38_143685_box_Incident_Summaries_173-233
Agency: Department of War
Page 47
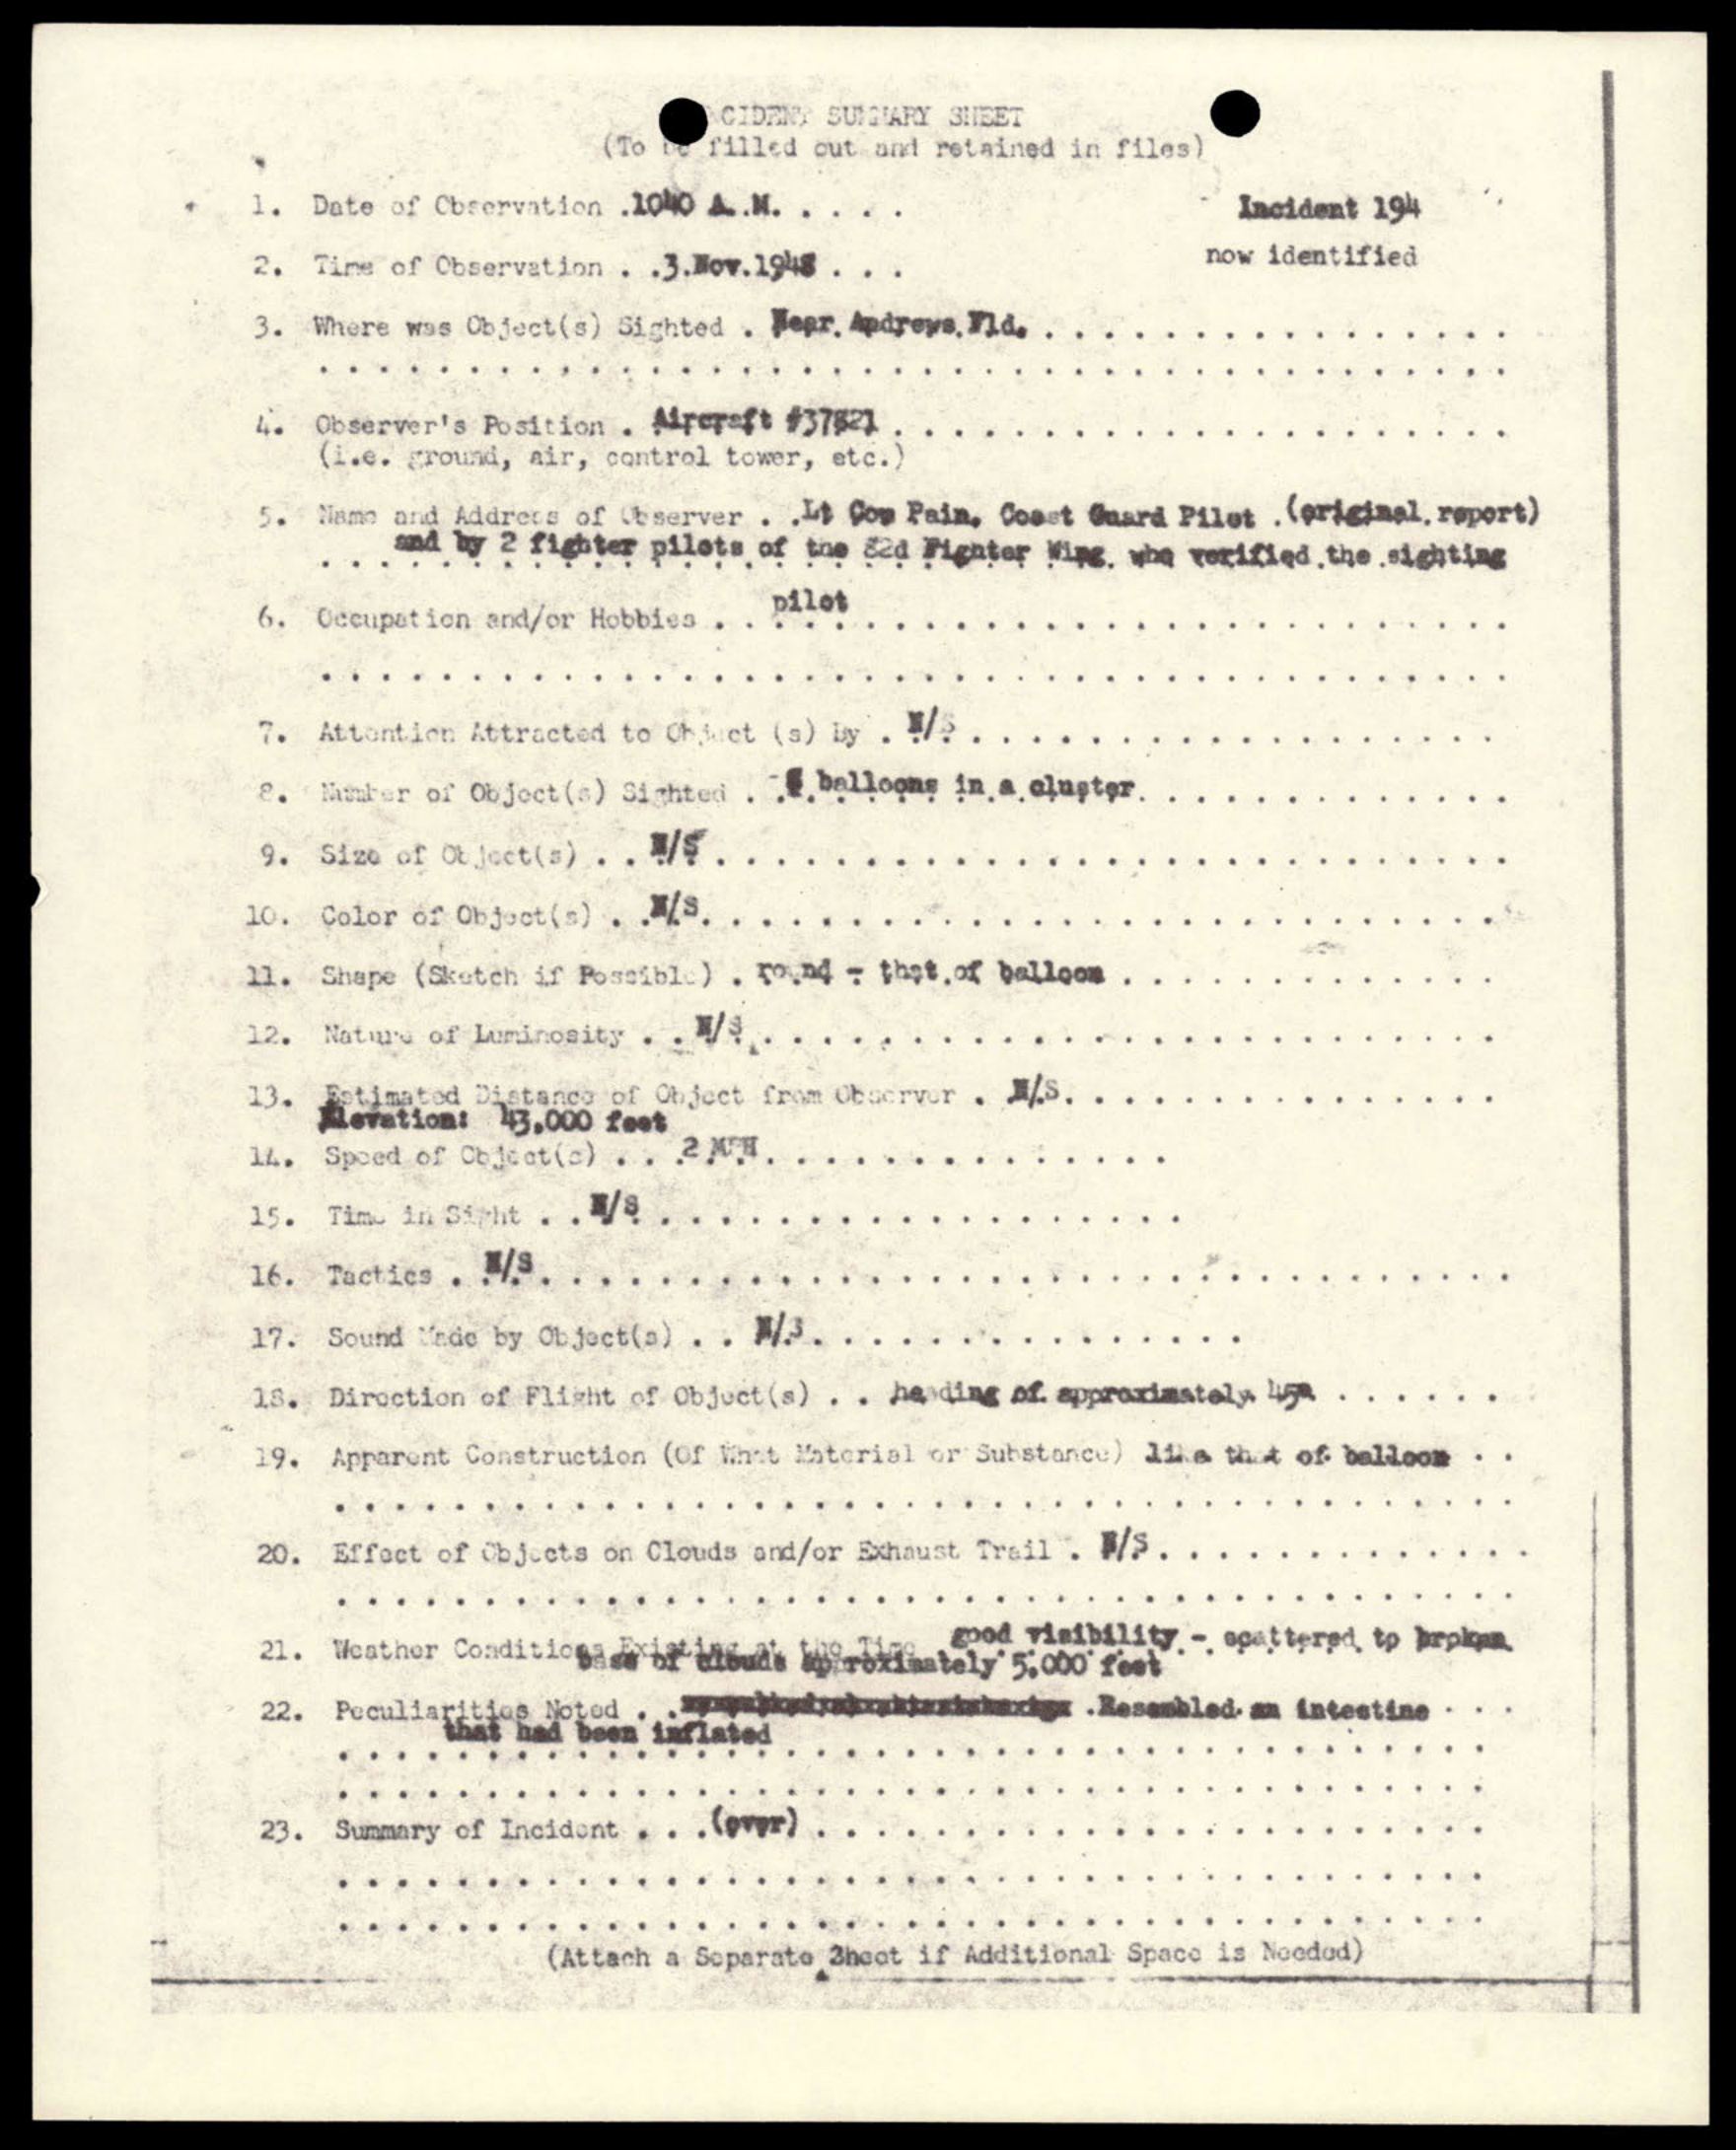